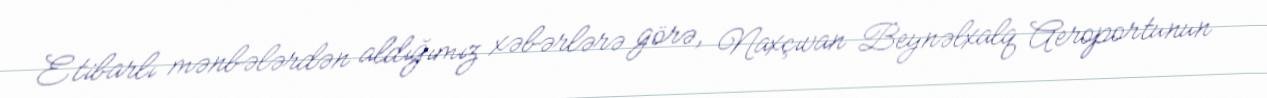
Etibarlı mənbələrdən aldığımız xəbərlərə görə, Naxçıvan Beynəlxalq Aeroportunun